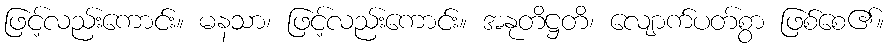
ဖြင့်လည်းကောင်း။ မနသာ၊ ဖြင့်လည်းကောင်း။ အနုတိဋ္ဌတိ၊ လျောက်ပတ်စွာ ဖြစ်စေ၏။